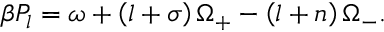
\beta P _ { l } = \omega + \left( l + \sigma \right) \Omega _ { + } - \left( l + n \right) \Omega _ { - } .